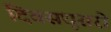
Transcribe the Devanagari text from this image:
दिवसधूसरो